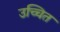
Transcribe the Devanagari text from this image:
उच्चित